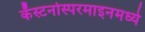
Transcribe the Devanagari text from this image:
कॅस्टनोस्परमाइनमध्ये